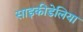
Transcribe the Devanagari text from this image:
साइकीडेलिया